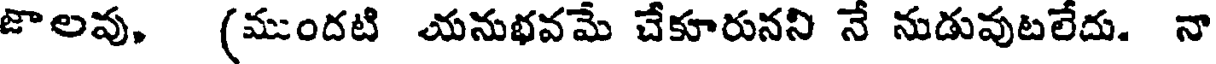
జొలవు, (ముందటి యనుభవమే చేకూరునని నే నుడువుటలేదు. నా